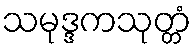
သမုဒ္ဒကသုတ္တံ